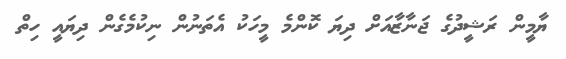
ޔާމީން ރަޝީދުގެ ޖަނާޒާއަށް ދިޔަ ކޮންމެ މީހަކު އެތަނުން ނިކުމެގެން ދިޔައީ ހިތް